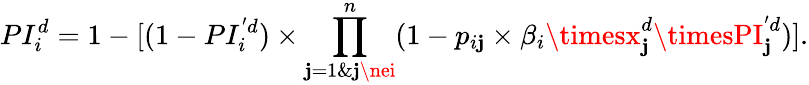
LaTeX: PI_{i}^{d}=1-[(1-PI_{i}^{'d})\times\prod_{\mathbf{j}=1\& \mathbf{j}\nei}^{n}(1-p_{i\mathbf{j}}\times\beta_{i}\timesx_{\mathbf{j}}^{d}\timesPI_{\mathbf{j}}^{'d})].